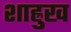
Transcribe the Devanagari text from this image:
शाह्रुख